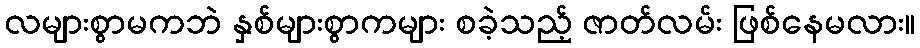
လများစွာမကဘဲ နှစ်များစွာကများ စခဲ့သည့် ဇာတ်လမ်း ဖြစ်နေမလား။